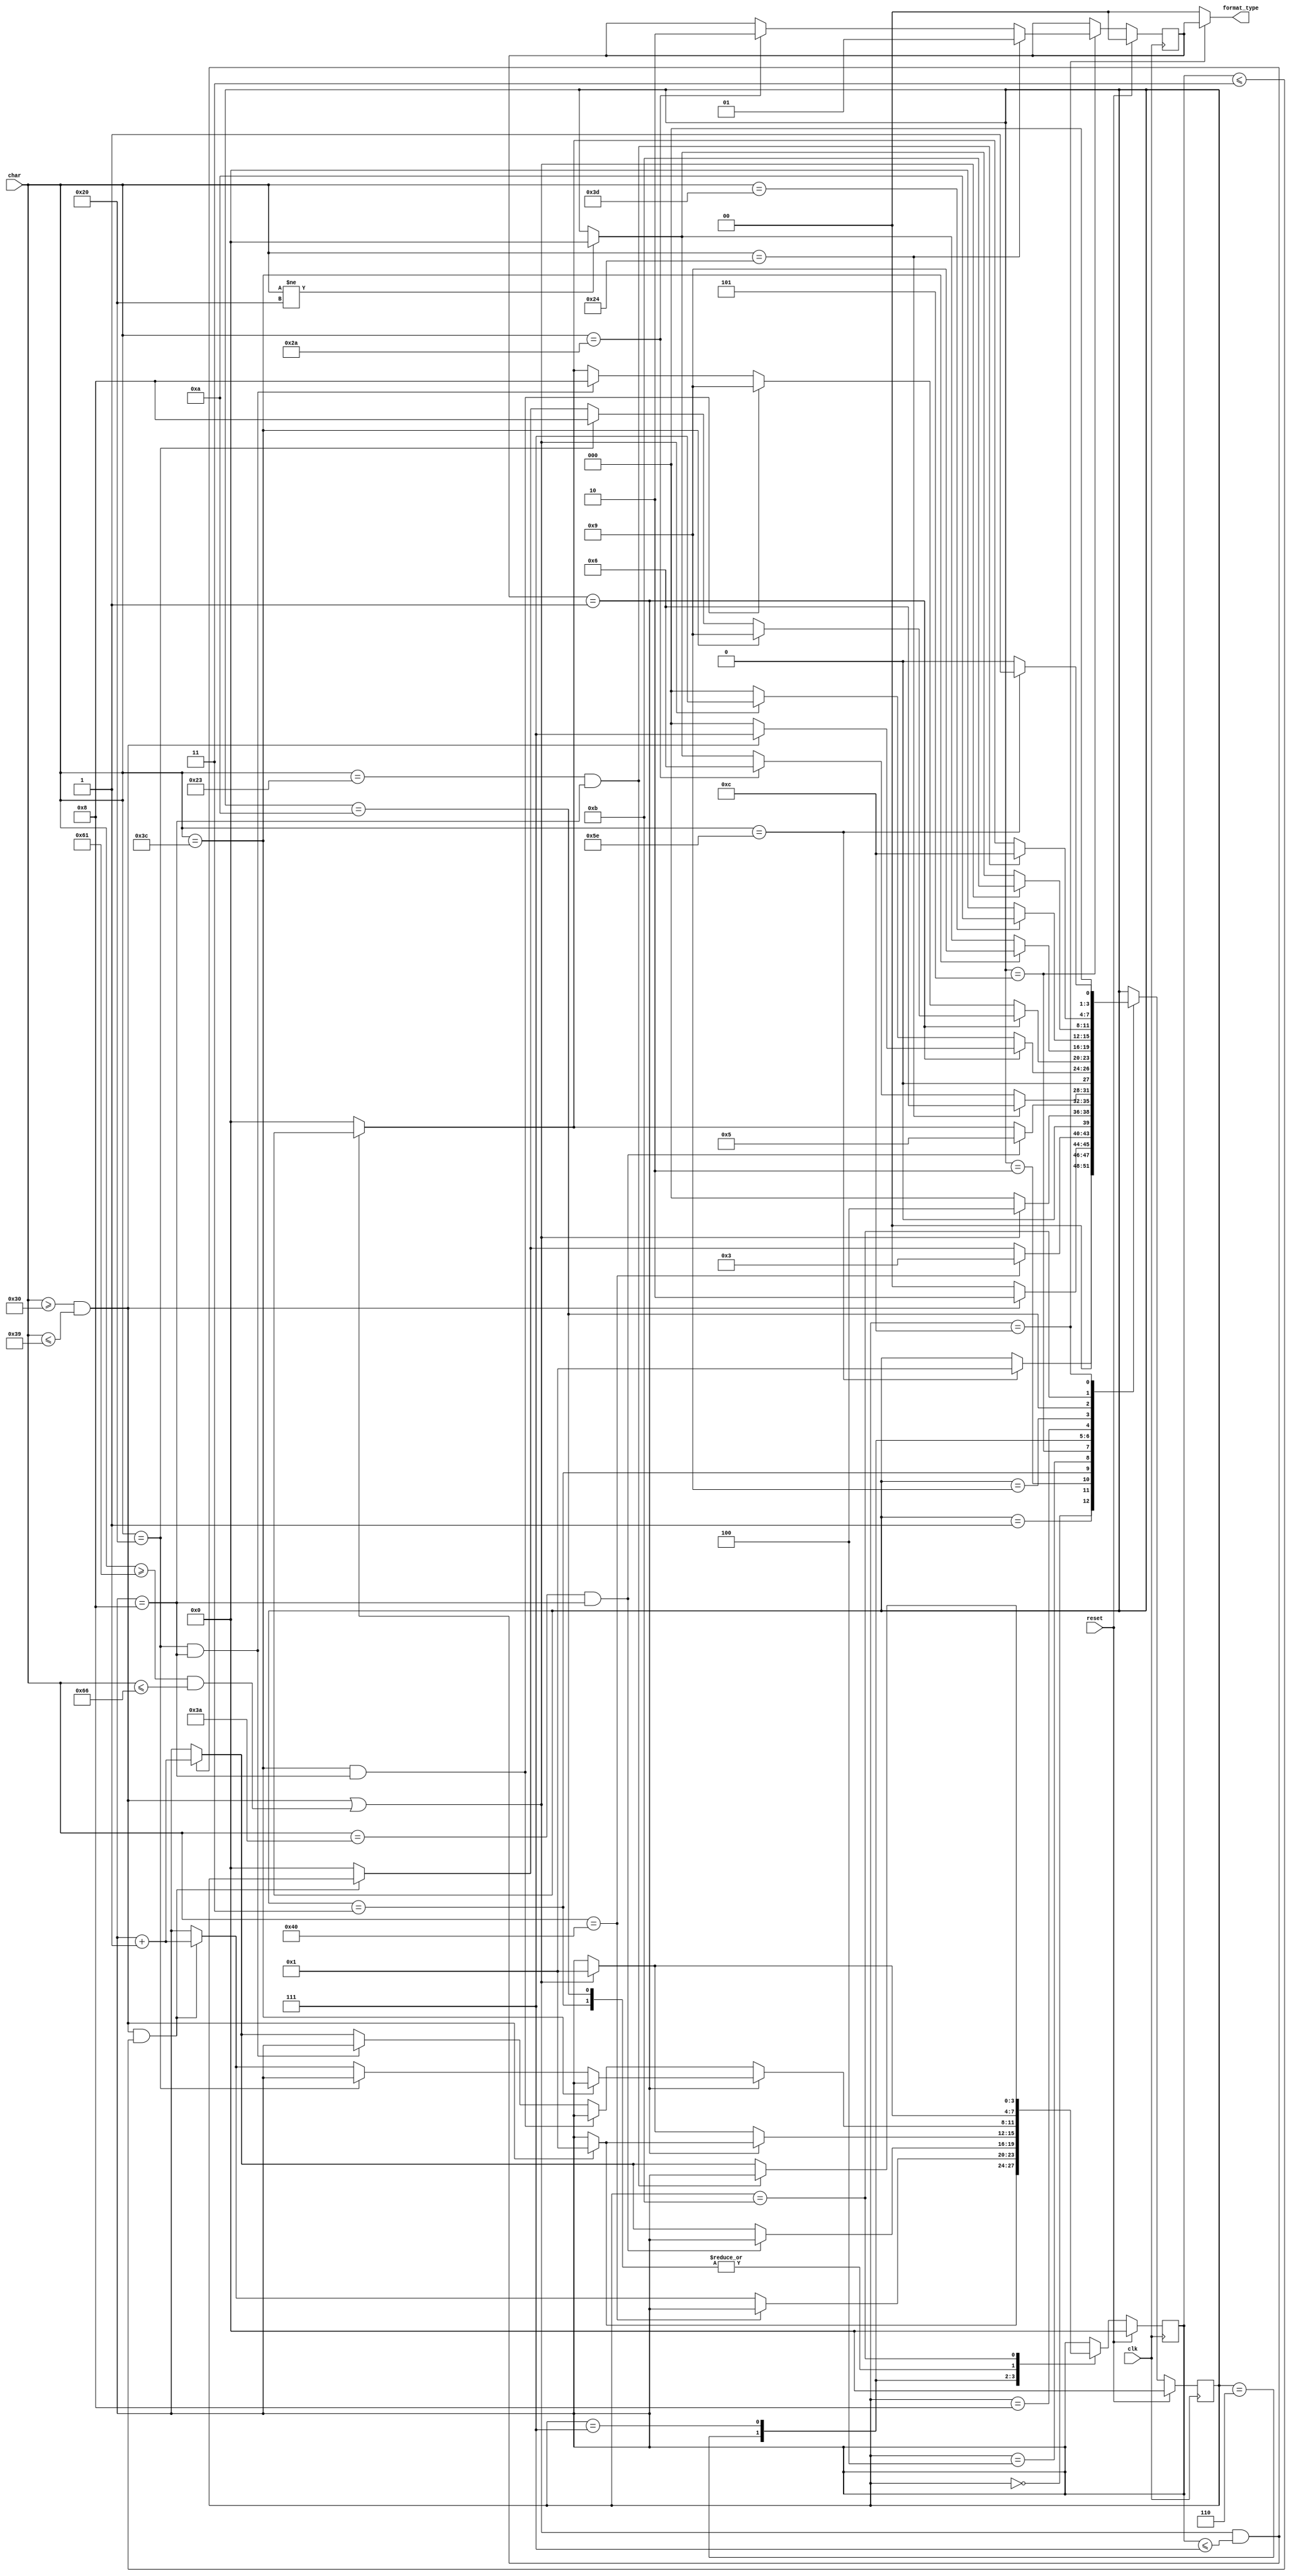
`timescale 1ns / 1ps

module cpu_checker(
    input clk,
    input reset,
    input [7:0] char,
    output [1:0] format_type
    );

    localparam S_0 = 4'd0,
               S_caret = 4'd1,
               S_time = 4'd2,
               S_at = 4'd3,
               S_pc = 4'd4,
               S_comma = 4'd5,
               S_prefix = 4'd6,
               S_num = 4'd7,
               S_blank = 4'd8,
               S_le = 4'd9,
               S_eq = 4'd10,
               S_hex = 4'd11,
               S_sharp = 4'd12;
    localparam T_reg = 2'b01, T_data = 2'b10;

    reg [1:0] type;
    reg [3:0] status,ctr;

    initial begin
        status=0;
        type=0;
        ctr=0;
    end

    assign format_type = status==S_sharp ? type : 2'b00;

    always @(posedge clk) begin
        if(reset) begin
            status <= 0;
            type <= 0;
            ctr <= 0;
        end else begin
            case(status)
                S_0: if(char=="^") status <= S_caret;
                S_caret: begin
                    if(isNum(char)) begin
                        status <= S_time;
                        ctr <= 1;
                    end else status <= S_0;
                end
                S_time: begin
                    if(char=="@") status <= S_at;
                    else if(isNum(char) && ctr<=3) ctr <= ctr+1;
                    else status <= S_0;
                end
                S_at: begin
                    if(isHex(char)) begin
                        status <= S_pc;
                        ctr <= 1;
                    end else status <= S_0;
                end
                S_pc: begin
                    if(char==":" && ctr==8) status <= S_comma;
                    else if(isHex(char) && ctr<=7) ctr <= ctr+1;
                    else status <= S_0;
                end
                S_comma: begin
                    if(char=="$") begin
                        status <= S_prefix;
                        type <= T_reg;
                    end else if(char=="*") begin
                        status <= S_prefix;
                        type <= T_data;
                    end else if(char!=" ") status <= S_0;
                end
                S_prefix: begin
                    if(type==T_reg) begin
                        if(isNum(char)) begin
                            status <= S_num;
                            ctr <= 1;
                        end else status <= S_0;
                    end else begin
                        if(isHex(char)) begin
                            status <= S_num;
                            ctr <= 1;
                        end else status <= S_0;
                    end
                end
                S_num: begin
                    if(type==T_reg) begin
                        if(char=="<") status <= S_le;
                        else if(char==" ") status <= S_blank;
                        else if(isNum(char) && ctr<=3) ctr <= ctr+1;
                        else status <= S_0;
                    end else begin
                        if(char=="<" && ctr==8) status <= S_le;
                        else if(char==" " && ctr==8) status <= S_blank;
                        else if(isHex(char) && ctr<=7) ctr <= ctr+1;
                        else status <= S_0;
                    end
                end
                S_blank: begin
                    if(char=="<") status <= S_le;
                    else if(char!=" ") status <= S_0;
                end
                S_le: begin
                    if(char=="=") status <= S_eq;
                    else status <= S_0;
                end
                S_eq: begin
                    if(isHex(char)) begin
                        status <= S_hex;
                        ctr <= 1;
                    end else if(char!=" ") status <= S_0;
                end
                S_hex: begin
                    if(char=="#" && ctr==8) status <= S_sharp;
                    else if(isHex(char) && ctr<=7) ctr <= ctr+1;
                    else status <= S_0;
                end
                S_sharp: begin
                    if(char=="^") status <= S_caret;
                    else status <= S_0;
                end
            endcase
        end
    end

    function isNum;
        input [7:0] c;
        begin
            isNum = (c>="0" && c<="9");
        end
    endfunction
    function isHex;
        input [7:0] c;
        begin
            isHex = isNum(c) || (c>="a" && c<="f");
        end
    endfunction
endmodule